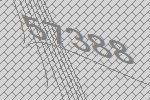
57388